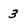
Character: 3